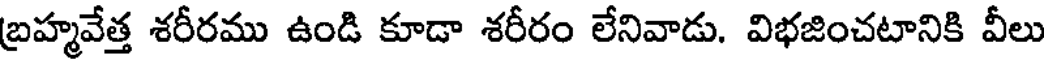
బ్రహ్మవేత్త శరీరము ఉండి కూడా శరీరం లేనివాడు. విభజించటానికి వీలు